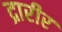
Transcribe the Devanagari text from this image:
द्रारीर